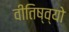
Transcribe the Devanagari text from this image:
वीतिष्व्यो